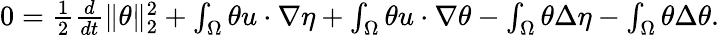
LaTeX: \begin{array}{r}{0=\frac{1}{2}\frac{d}{dt}\| \theta\| _{2}^{2}+\int_{\Omega}\theta u\cdot\nabla\eta+\int_{\Omega}\theta u\cdot\nabla\theta-\int_{\Omega}\theta\Delta\eta-\int_{\Omega}\theta\Delta\theta.}\end{array}